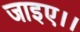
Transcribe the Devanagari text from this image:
जाइए।।